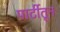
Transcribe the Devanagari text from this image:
पार्टीतून